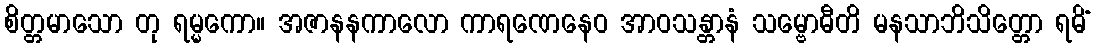
စိတ္တမာသော တု ရမ္မကော။ အဇာနနကာလော ကာရဏေနေဝ အာဝသန္တာနံ သမ္ဗောဓီတိ မနသာဘိသိတ္တော ရမိံ